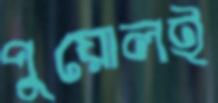
পুয়োলই